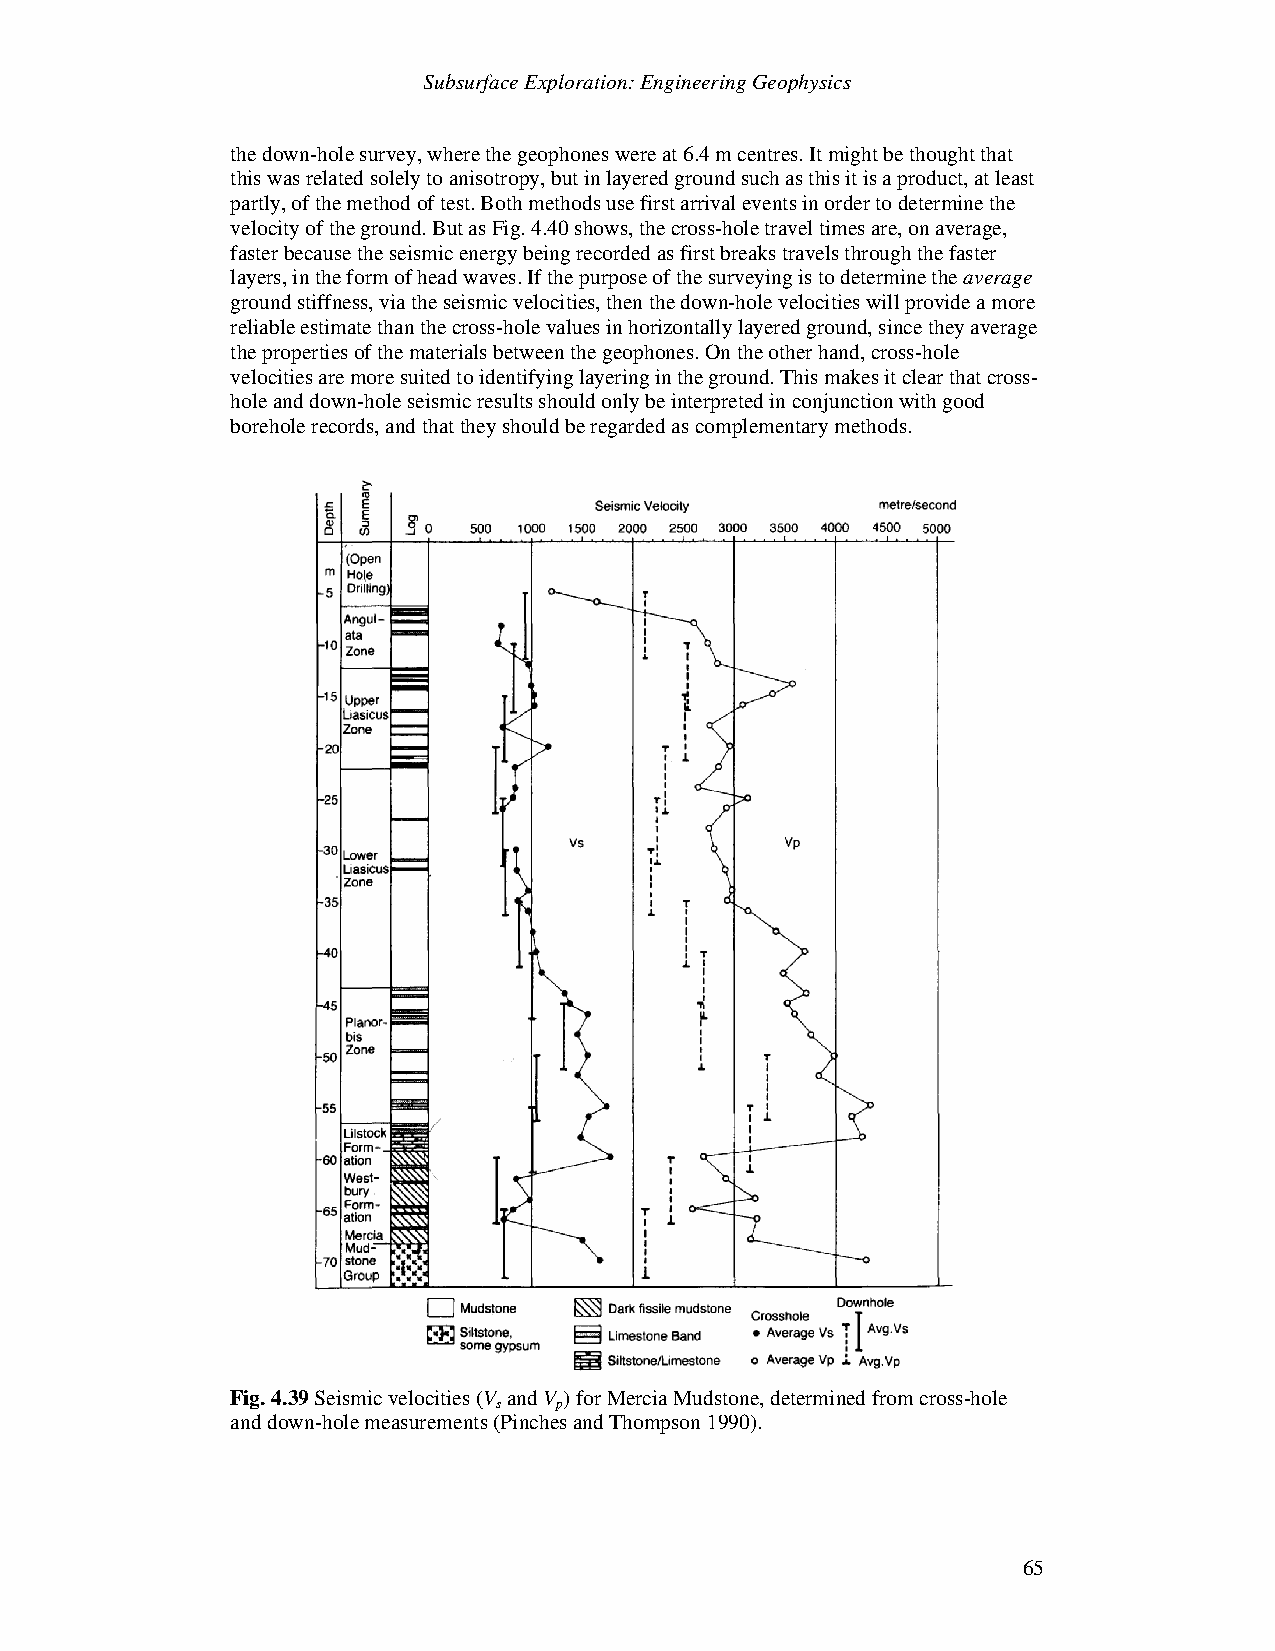
Subsurface Exploration: Engineering Geophysics
 the down-hole survey, where the geophones were at 6.4 m centres. It might be thought that
 this was related solely to anisotropy, but in layered ground such as this it is a product, at least
 partly, of the method of test. Both methods use first arrival events in order to determine the
 velocity of the ground. But as Fig. 4.40 shows, the cross-hole travel times are, on average,
 faster because the seismic energy being recorded as first breaks travels through the faster
 layers, in the form of head waves. If the purpose of the surveying is to determine the average
 ground stiffness, via the seismic velocities, then the down-hole velocities will provide a more
 reliable estimate than the cross-hole values in horizontally layered ground, since they average
 the properties of the materials between the geophones. On the other hand, cross-hole
 velocities are more suited to identifying layering in the ground. This makes it clear that cross-
 hole and down-hole seismic results should only be interpreted in conjunction with good
 borehole records, and that they should be regarded as complementary methods.
 Fig. 4.39 Seismic velocities (V and V ) for Mercia Mudstone, determined from cross-hole
 s   p
 and down-hole measurements (Pinches and Thompson 1990).
 65